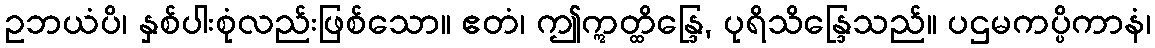
ဥဘယံပိ၊ နှစ်ပါးစုံလည်းဖြစ်သော။ ဧတံ၊ ဤဣတ္ထိန္ဒြေ, ပုရိသိန္ဒြေသည်။ ပဌမကပ္ပိကာနံ၊